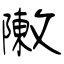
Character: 敶